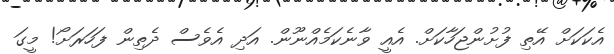
އެކަކަށް އޭތި ފުށުންޖަހާކަށް. އެއީ ވާނެކަމެއްނޫން. އަދި އެވެސް ދެތިން ފަހަރަށޯ! މީގަ